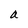
Character: a